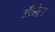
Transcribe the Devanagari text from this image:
ॲलोइन